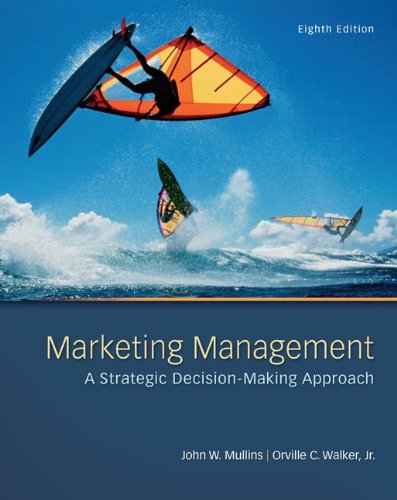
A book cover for Marketing Management: A Strategic Decision-Making Approach; John Mullins; Business & Money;